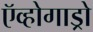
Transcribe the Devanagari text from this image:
ऍव्होगाड्रो